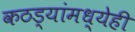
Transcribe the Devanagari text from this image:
कठड्यांमध्येही